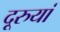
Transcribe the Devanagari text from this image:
दूरुयां